Vaccination in Bombay 1924-1928 - 1924-1928
Year: 1924
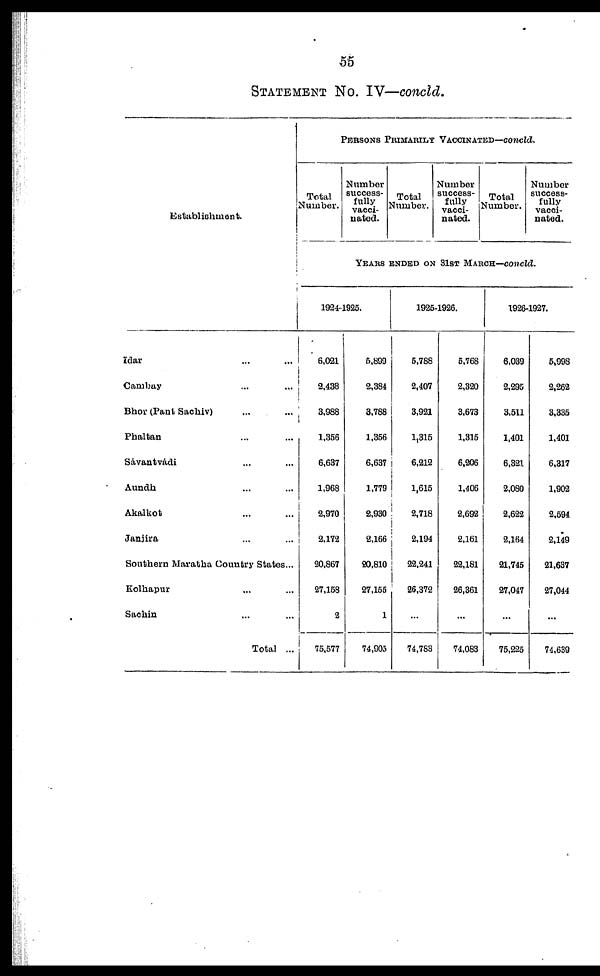
55
STATEMENT No. IV—concld.
Establishment.
Idar ... ...
Cambay ... ...
Bhor (Pant Sachiv) ... ...
Phaltan ... ...
Sávantvádi ... ...
Aundh ... ...
Akalkot ... ...
Janjira ... ...
Southern Maratha Country States...
Kolhapur ... ...
Sachin ... ...
Total ...
PERSONS PRIMARILY VACCINATED—concld.
Total
Number.
Number
success-
fully
vacci-
nated.
Total
Number.
Number
success-
fully
vacci-
nated.
Total
Number.
Number
success-
fully
vacci-
nated.
YEARS ENDED ON 31ST MARCH—concld.
1924-1925.
6,021
2,438
3,988
1,356
6,637
1,968
2,970
2,172
20,867
27,158
2
75,577
5,899
2,384
3,788
1,356
6,637
1,779
2,930
2,166
20,810
27,155
1
74,905
1925-1926.
5,788
2,407
3,921
1,315
6,212
1,615
2,718
2,194
22,241
26,372
...
74,783
5,768
2,320
3,673
1,315
6,206
1,406
2,692
2,161
22,181
26,361
...
74,083
1926-1927.
6,039
2,295
3,511
1,401
6,321
2,080
2,622
2,164
21,745
27,047
...
75,225
5,998
2,262
3,335
1,401
6,317
1,902
2,594
2,149
21,637
27,044
...
74,639